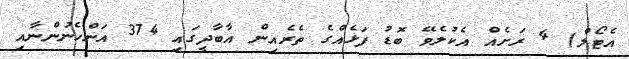
އެޓޯލް) 4 ރަށެއް އެކުލެވޭ ބޮޑު ފަޅެއްގެ ތެރެއިން އާބާދީގައި 374 އަންހެނުންނާއި